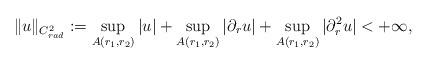
LaTeX: \begin{align*}\| u \|_{C^{2}_{rad}} := \sup_{A(r_{1},r_{2})} |u | + \sup_{A(r_{1},r_{2})} |\partial_{r}u| + \sup_{A(r_{1},r_{2})} |\partial^{2}_{r}u| < +\infty,\end{align*}